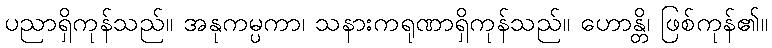
ပညာရှိကုန်သည်။ အနုကမ္ပကာ၊ သနားကရုဏာရှိကုန်သည်။ ဟောန္တိ၊ ဖြစ်ကုန်၏။